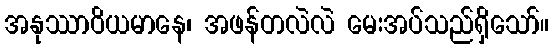
အနုဿာဝိယမာနေ၊ အဖန်တလဲလဲ မေးအပ်သည်ရှိသော်။